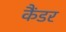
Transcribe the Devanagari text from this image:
कैंडर